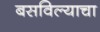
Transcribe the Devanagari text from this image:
बसविल्याचा